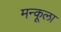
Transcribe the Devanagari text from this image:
मन्कूला